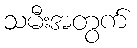
သမီးအတွက်